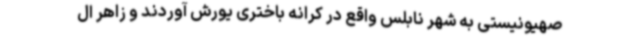
صهیونیستی به شهر نابلس واقع در کرانه باختری یورش آوردند و زاهر ال